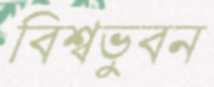
বিশ্বভুবন